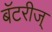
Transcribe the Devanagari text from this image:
बॅटरीज्